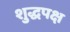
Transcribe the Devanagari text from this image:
शुद्धपक्ष